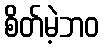
စိတ်မဲ့ဘဝ